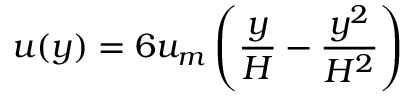
u ( y ) = 6 u _ { m } \left( \frac { y } { H } - \frac { y ^ { 2 } } { H ^ { 2 } } \right)